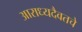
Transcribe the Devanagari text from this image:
आराध्यदैवतचे